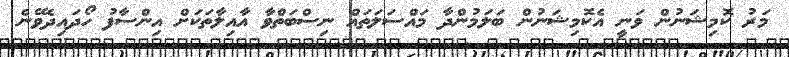
މަރު ކޮމިޝަނުން ވަނީ އެކޮމިޝަނުން ބަލަމުންދާ މައްސަލަތައް ނިސްބަތްވާ އާއިލާތަކަށް އިންސާފު ހޯދައިދެވޭނެ